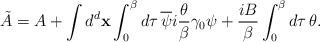
LaTeX: \begin{align*}\tilde{A}=A+\int d^d {\bf x}\int_{0}^{\beta}d\tau{\,}\overline{\psi}i\frac{\theta}{\beta}\gamma_{0}\psi+\frac{iB}{\beta}\int_{0}^{\beta}d\tau{\,}\theta.\end{align*}